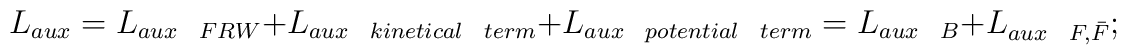
L_{aux} = L_{aux~~FRW} + L_{aux~~kinetical~~term} + L_{aux~~potential~~term} = L_{aux~~B} + L_{aux~~F,\bar F};